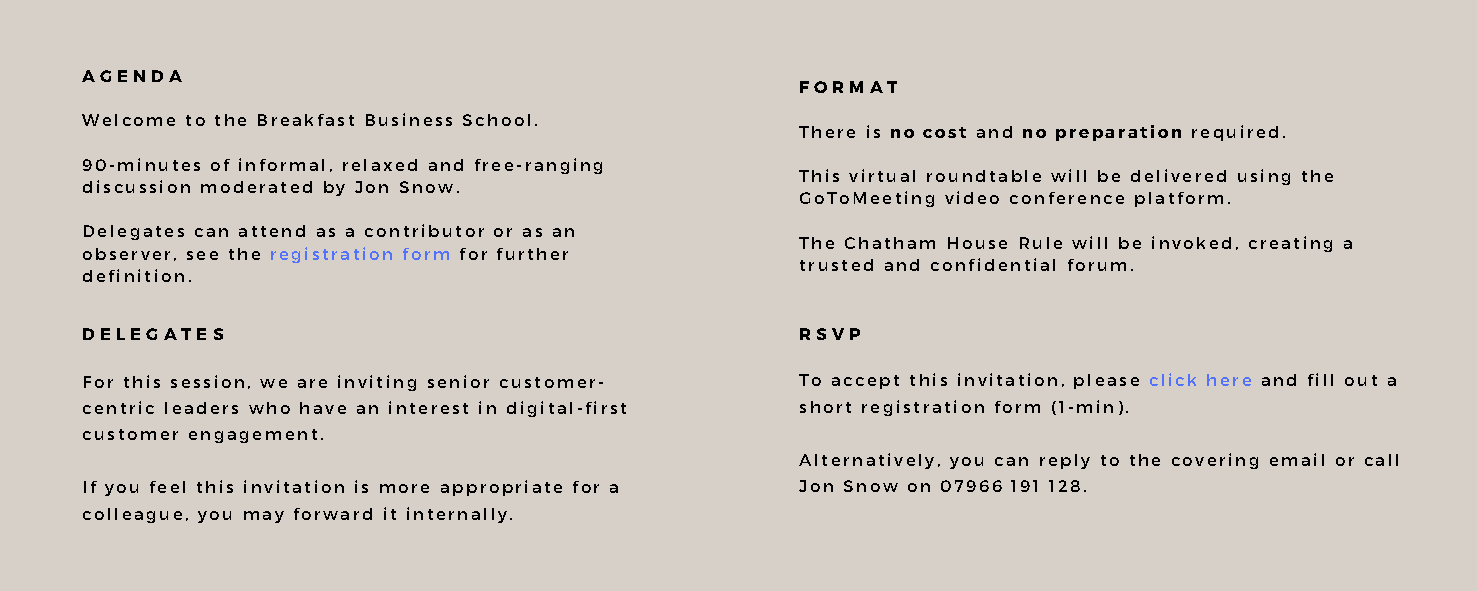
AGENDA
 FORMAT
 Welcome to the Breakfast Business School.
 There is no cost and no preparation required.
 90-minutes of informal, relaxed and free-ranging
 This virtual roundtable will be delivered using the
 discussion moderated by Jon Snow.
 GoToMeeting video conference platform.
 Delegates can attend as a contributor or as an
 The Chatham House Rule will be invoked, creating a
 observer, see the registration form for further
 trusted and confidential forum.
 definition.
 DELEGATES                                       RSVP
 For this session, we are inviting senior customer- To accept this invitation, please click here and fill out a
 centric leaders who have an interest in digital-first short registration form (1-min).
 customer engagement.
 Alternatively, you can reply to the covering email or call
 If you feel this invitation is more appropriate for a Jon Snow on 07966 191 128.
 colleague, you may forward it internally.